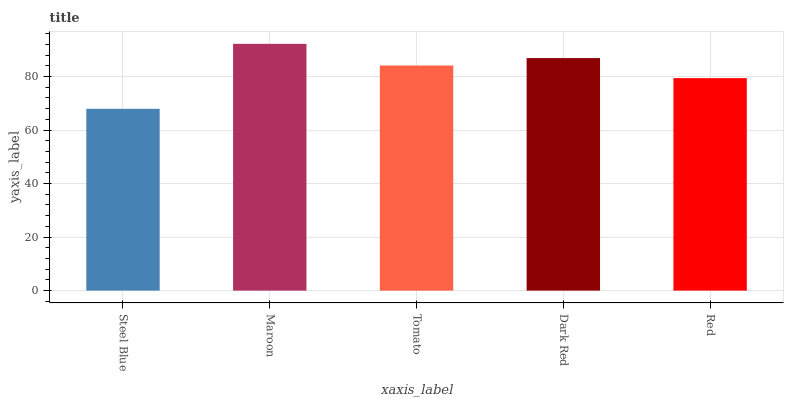
| xaxis_label | bars |
 | --- | --- |
 | Steel Blue | 67.9 |
 | Maroon | 92.2 |
 | Tomato | 84.1 |
 | Dark Red | 86.9 |
 | Red | 79.4 |